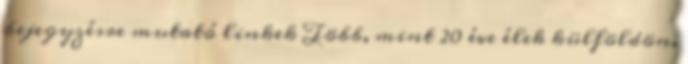
bejegyzésre mutató linkek Több, mint 20 éve élek külföldön.